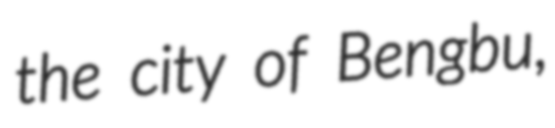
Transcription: the city of Bengbu,